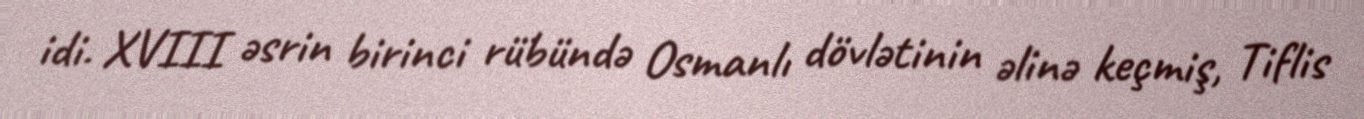
idi. XVIII əsrin birinci rübündə Osmanlı dövlətinin əlinə keçmiş, Tiflis